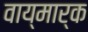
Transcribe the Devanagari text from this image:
वाय्मार्क